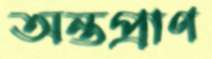
অন্তপ্রাণ